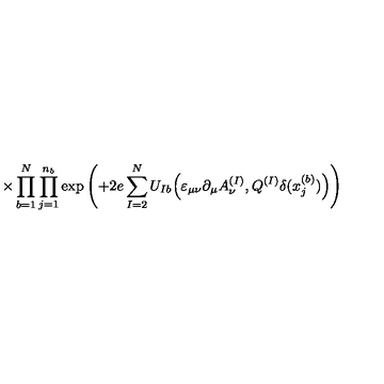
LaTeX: \times \prod _ { b = 1 } ^ { N } \prod _ { j = 1 } ^ { n _ { b } } \exp \left( + 2 e \sum _ { I = 2 } ^ { N } U _ { I b } \Big ( \varepsilon _ { \mu \nu } \partial _ { \mu } A _ { \nu } ^ { ( I ) } , Q ^ { ( I ) } \delta ( x _ { j } ^ { ( b ) } ) \Big ) \right)